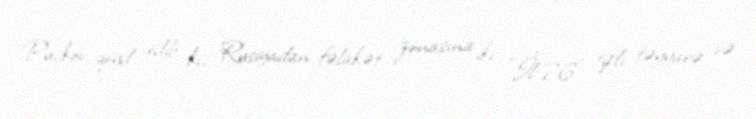
Puçkov qeyd edib ki, Rusiyadan fəlakət zonasına iki “İl-76” tipli təyyarə və